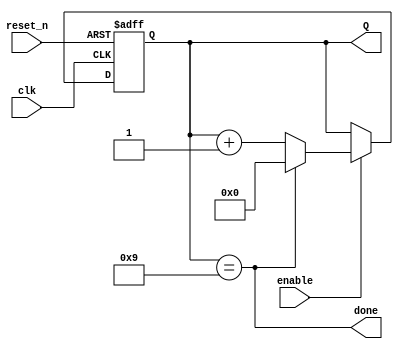
`timescale 1ns / 1ps
//////////////////////////////////////////////////////////////////////////////////
// Company: 
// Engineer: 
// 
// Design Name: 
// Module Name: BCD_Counter
// Project Name: 
// Target Devices: 
// Tool Versions: 
// Description: 
// 
// Dependencies: 
// 
// Revision:
// Revision 0.01 - File Created
// Additional Comments:
// 
//////////////////////////////////////////////////////////////////////////////////


module BCD_Counter
    (
    input clk,
    input reset_n,
    input enable,
    output done,
    output [3:0] Q
    );
    reg [3:0] Q_reg, Q_next;
    always @ (posedge clk, negedge reset_n)
    begin
        if (~reset_n)
            Q_reg<= 'b0;
        else if (enable)
            Q_reg<= Q_next;
        else
            Q_reg<=Q_reg;
    end
    //next state
    assign done = Q_reg==9;
    always @ (*)
        Q_next = done?'b0:Q_reg+1;
     //output logic
     assign  Q = Q_reg;
endmodule